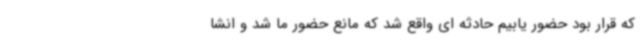
که قرار بود حضور یابیم حادثه ای واقع شد که مانع حضور ما شد و انشا